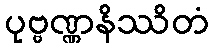
ပုဗ္ဗဏ္ဏနိဿိတံ